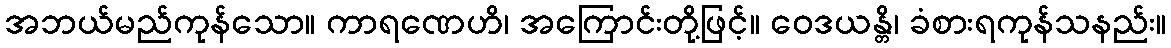
အဘယ်မည်ကုန်သော။ ကာရဏေဟိ၊ အကြောင်းတို့ဖြင့်။ ဝေဒယန္တိ၊ ခံစားရကုန်သနည်း။